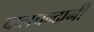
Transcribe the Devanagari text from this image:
बालचन्दानी